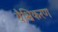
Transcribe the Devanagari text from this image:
वैश्विकरण